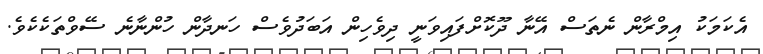
އެކަމަކު އިމްރާން ނެތަސް އޭނާ ދޫކޮށްފައިވަނީ ދިވެހިން އަބަދުވެސް ހަނދާން ހުންނާނެ ސޭވްތަކެކެވެ.